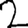
Digit: 2